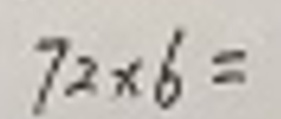
$7 2 \times 6 =$